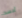
أحسد